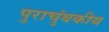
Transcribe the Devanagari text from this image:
पुराचुंबकीय